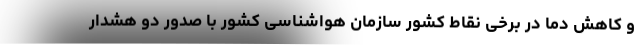
و کاهش دما در برخی نقاط کشور سازمان هواشناسی کشور با صدور دو هشدار